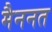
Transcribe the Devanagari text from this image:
मैननत